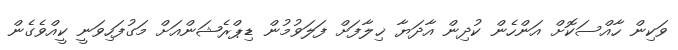
ވަކިން ހާއްސަކޮށް އަންހެން ކުދިން އާދަޔާ ޚިލާފަށް ފަލަވުމުން ޑިޕްރެޝަންއަށް މަގުފަހިވަނީ ކީއްވެގެން